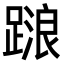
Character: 𨃹